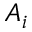
A _ { i }